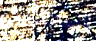
استئجار